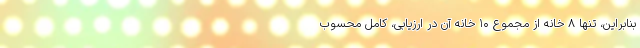
بنابراین، تنها ۸ خانه از مجموع ۱۰ خانه آن در ارزیابی، کامل محسوب